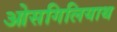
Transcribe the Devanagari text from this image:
ओसगिलियाथ